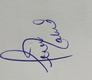
Signature authenticity: genuine